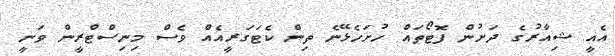
އެއީ ޝިއާރުގެ ދަށުން ފޮޓޯތައް ހުށަހެޅޭނެ ތިން ކެޓަގަރީއެއް ވެސް މިނިސްޓްރީން ވަނީ